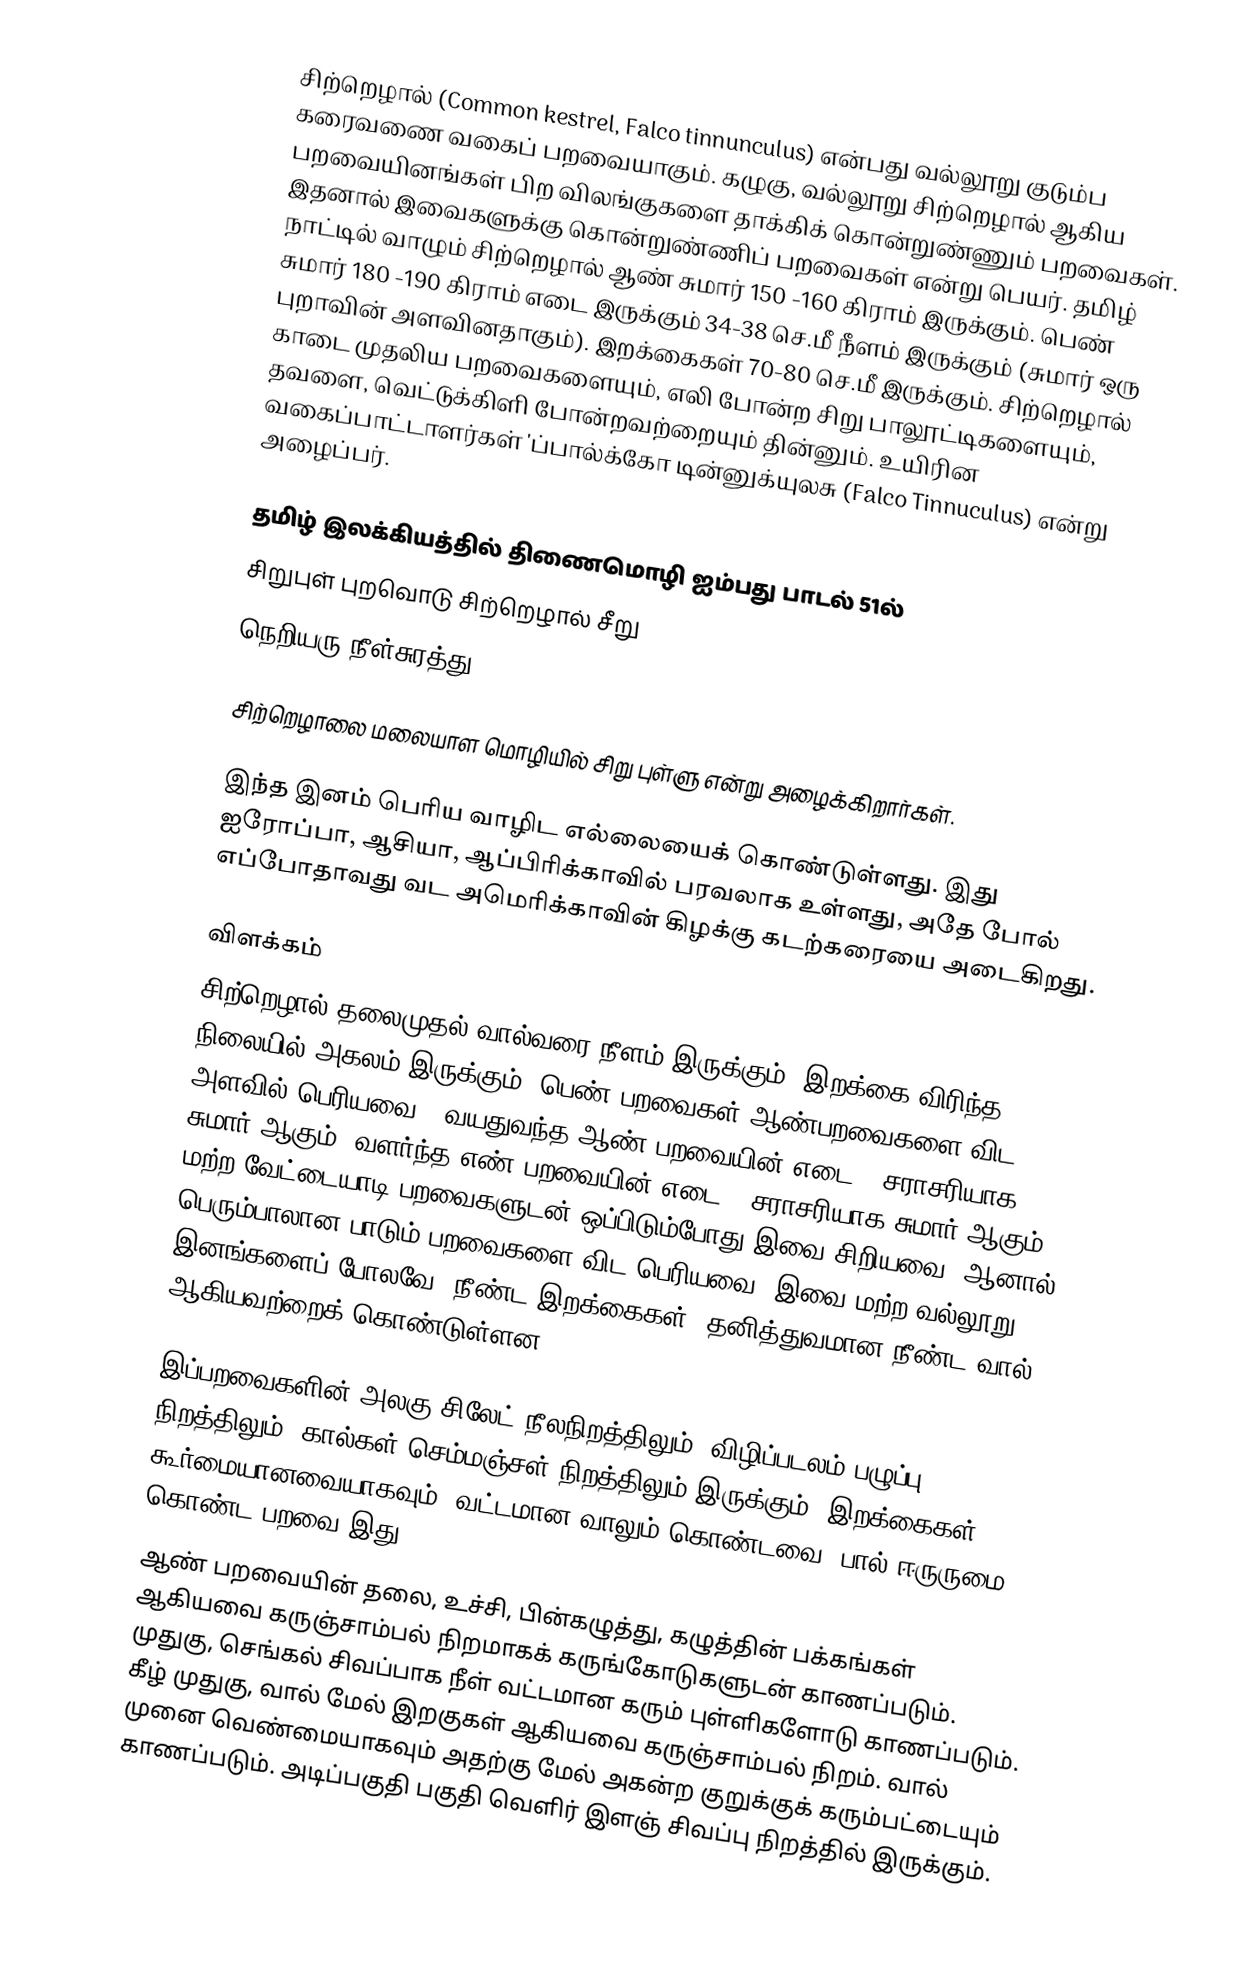
சிற்றெழால் (Common kestrel, Falco tinnunculus) என்பது வல்லூறு குடும்ப கரைவணை வகைப் பறவையாகும். கழுகு, வல்லூறு சிற்றெழால் ஆகிய பறவையினங்கள் பிற விலங்குகளை தாக்கிக் கொன்றுண்ணும் பறவைகள். இதனால் இவைகளுக்கு கொன்றுண்ணிப் பறவைகள் என்று பெயர். தமிழ் நாட்டில் வாழும் சிற்றெழால் ஆண் சுமார் 150 -160  கிராம் இருக்கும்.  பெண் சுமார் 180 -190 கிராம் எடை இருக்கும் 34-38 செ.மீ நீளம் இருக்கும் (சுமார் ஒரு புறாவின் அளவினதாகும்). இறக்கைகள் 70-80 செ.மீ இருக்கும். சிற்றெழால் காடை முதலிய பறவைகளையும், எலி போன்ற சிறு பாலூட்டிகளையும், தவளை, வெட்டுக்கிளி போன்றவற்றையும் தின்னும். உயிரின வகைப்பாட்டாளர்கள் 'ப்பால்க்கோ டின்னுக்யுலசு (Falco Tinnuculus) என்று அழைப்பர்.

தமிழ் இலக்கியத்தில் திணைமொழி ஐம்பது பாடல் 51ல்
சிறுபுள் புறவொடு சிற்றெழால் சீறு
நெறியரு நீள்சுரத்து

சிற்றெழாலை மலையாள மொழியில் சிறு புள்ளு என்று அழைக்கிறார்கள்.

இந்த இனம் பெரிய வாழிட எல்லையைக் கொண்டுள்ளது. இது ஐரோப்பா, ஆசியா, ஆப்பிரிக்காவில் பரவலாக உள்ளது, அதே போல் எப்போதாவது வட அமெரிக்காவின் கிழக்கு கடற்கரையை அடைகிறது.

விளக்கம்
சிற்றெழால் தலைமுதல் வால்வரை  நீளம் இருக்கும். இறக்கை விரிந்த நிலையில்   அகலம் இருக்கும். பெண் பறவைகள் ஆண்பறவைகளை விட அளவில் பெரியவை . வயதுவந்த ஆண் பறவையின் எடை , சராசரியாக சுமார்  ஆகும். வளர்ந்த எண் பறவையின் எடை  , சராசரியாக சுமார்  ஆகும். மற்ற வேட்டையாடி பறவைகளுடன் ஒப்பிடும்போது இவை சிறியவை. ஆனால் பெரும்பாலான பாடும் பறவைகளை விட பெரியவை. இவை மற்ற வல்லூறு இனங்களைப் போலவே, நீண்ட இறக்கைகள், தனித்துவமான நீண்ட வால் ஆகியவற்றைக் கொண்டுள்ளன.

இப்பறவைகளின் அலகு சிலேட் நீலநிறத்திலும், விழிப்படலம் பழுப்பு நிறத்திலும், கால்கள் செம்மஞ்சள் நிறத்திலும் இருக்கும். இறக்கைகள் கூர்மையானவையாகவும், வட்டமான வாலும் கொண்டவை. பால் ஈருருமை கொண்ட பறவை இது.
ஆண் பறவையின் தலை, உச்சி, பின்கழுத்து, கழுத்தின் பக்கங்கள் ஆகியவை கருஞ்சாம்பல் நிறமாகக் கருங்கோடுகளுடன் காணப்படும். முதுகு, செங்கல் சிவப்பாக நீள் வட்டமான கரும் புள்ளிகளோடு காணப்படும். கீழ் முதுகு, வால் மேல் இறகுகள் ஆகியவை கருஞ்சாம்பல் நிறம். வால் முனை வெண்மையாகவும் அதற்கு மேல் அகன்ற குறுக்குக் கரும்பட்டையும் காணப்படும். அடிப்பகுதி பகுதி வெளிர் இளஞ் சிவப்பு நிறத்தில் இருக்கும்.